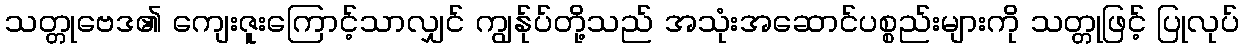
သတ္တုဗေဒ၏ ကျေးဇူးကြောင့်သာလျှင် ကျွန်ုပ်တို့သည် အသုံးအဆောင်ပစ္စည်းများကို သတ္တုဖြင့် ပြုလုပ်